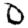
Digit: 0